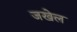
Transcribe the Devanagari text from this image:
जखेल